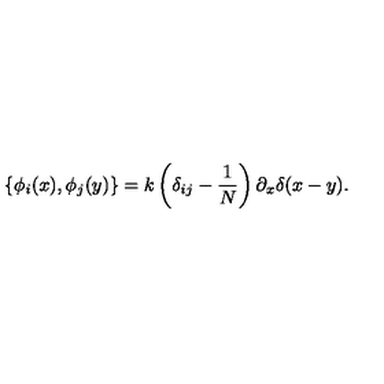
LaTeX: \left\{ \phi _ { i } ( x ) , \phi _ { j } ( y ) \right\} = k \left( \delta _ { i j } - \frac { 1 } { N } \right) \partial _ { x } \delta ( x - y ) .